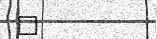
٩